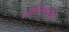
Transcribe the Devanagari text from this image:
तामिलळनाडू